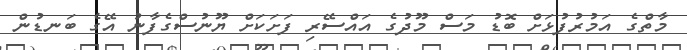
މާތްގެ އަމުރުފުޅަށް ބޮޑު މަސް މޫދުގެ އައްސޭރި ފަށަކަށް ޔޫނުސްގެފާނު އޭގެ ބަނޑުން